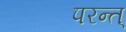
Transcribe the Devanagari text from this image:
परन्त्